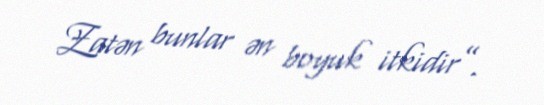
Zatən bunlar ən boyuk itkidir”.